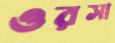
ওরসা